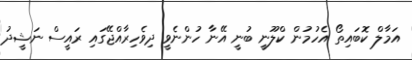
އަމާލް ކޮބައިތޯ އެހުމުން ކްލޫނީ ބުނީ އޭނާ ހުންނެވީ ދިވެހިރާއްޖޭގައި ރައީސް ނަޝީދު